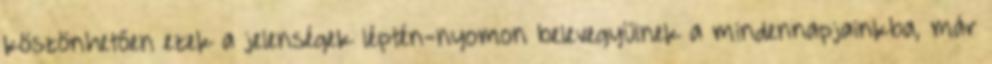
köszönhetően ezek a jelenségek léptén-nyomon belevegyülnek a mindennapjainkba, már